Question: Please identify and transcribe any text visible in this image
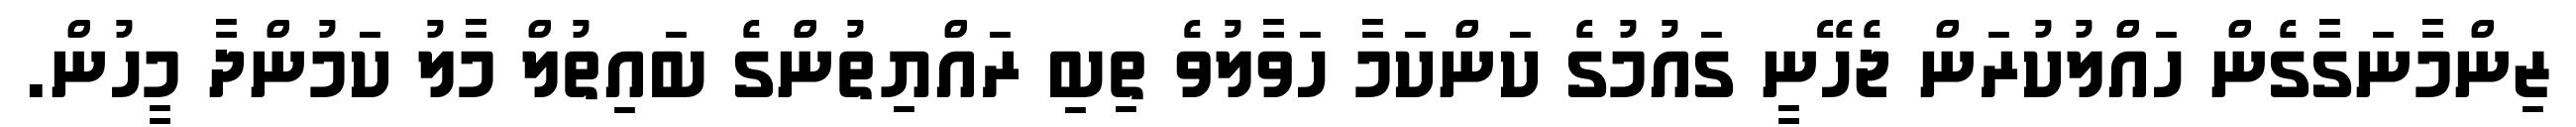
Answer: ޒިންމާނަގާގެން ހައްލުކުރަން ޖެހޭނީ ގައުމުގެ ކަންކަމާ ހަވާލުވެ ތިބި ރައްޔިތުންގެ ބައިތުލް މާލު ކަމުންދާ މީހުން.